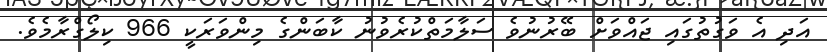
އަދި އެ ވަގުތުގައި ޖައްވަށް ބޭރުނުވެ ސަލާމަތްކުރެވުނު ކާބަންގެ މިންވަރަކީ 966 ކިލޯގްރާމެވެ.